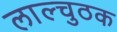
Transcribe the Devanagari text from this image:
लाल्चुठक